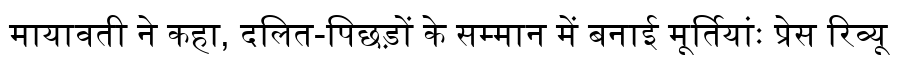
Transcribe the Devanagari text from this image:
मायावती ने कहा, दलित-पिछड़ों के सम्मान में बनाई मूर्तियांः प्रेस रिव्यू